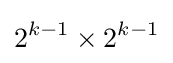
2^{k-1}\times 2^{k-1}